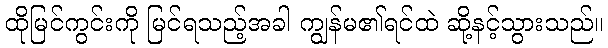
ထိုမြင်ကွင်းကို မြင်ရသည့်အခါ ကျွန်မ၏ရင်ထဲ ဆို့နင့်သွားသည်။